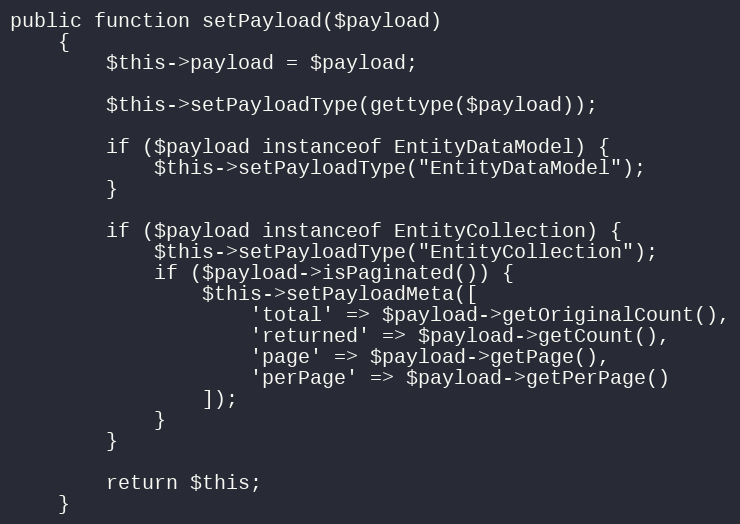
Language: PHP
public function setPayload($payload)
    {
        $this->payload = $payload;

        $this->setPayloadType(gettype($payload));

        if ($payload instanceof EntityDataModel) {
            $this->setPayloadType("EntityDataModel");
        }

        if ($payload instanceof EntityCollection) {
            $this->setPayloadType("EntityCollection");
            if ($payload->isPaginated()) {
                $this->setPayloadMeta([
                    'total' => $payload->getOriginalCount(),
                    'returned' => $payload->getCount(),
                    'page' => $payload->getPage(),
                    'perPage' => $payload->getPerPage()
                ]);
            }
        }

        return $this;
    }